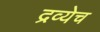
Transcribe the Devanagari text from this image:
द्रव्येच